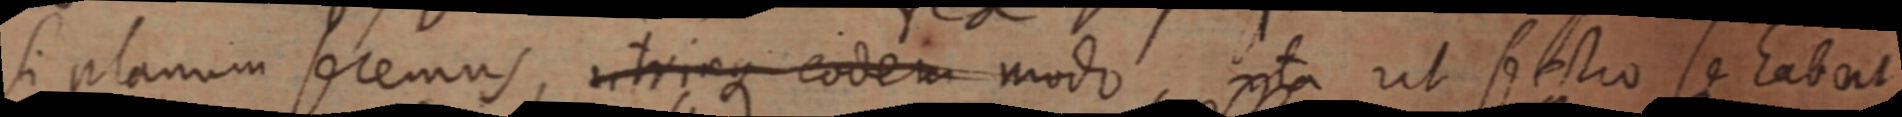
Si planum secemus utriaque eodem modo, ita ut sectio se habent